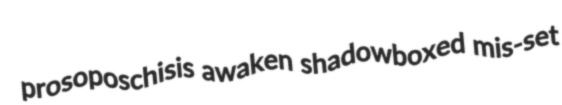
prosoposchisis awaken shadowboxed mis-set